Vital statistics of India. Vol. VI, European troops 1870-79
Year: 1870
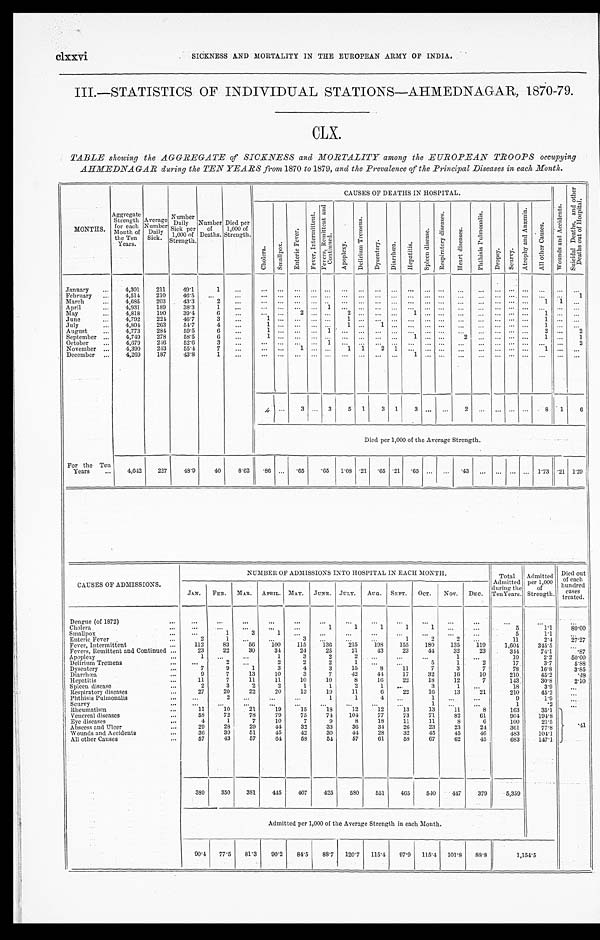
clxxvi
SICKNESS AND MORTALITY IN THE EUROPEAN ARMY OF INDIA.
III.—STATISTICS OF INDIVIDUAL STATIONS—AHMEDNAGAR, 1870-79.
CLX.
TABLE showing the AGGREGATE of SICKNESS and MORTALITY among the EUROPEAN TROOPS occupying
AHMEDNAGAR during the TEN YEARS from 1870 to 1879, and the Prevalence of the Principal Diseases in each Month.
MONTHS.
Aggregate Strength
for each
Month of
the Ten
Years.
Average
Numbe
r Dail
y Sick.
Number Daily
Sick per
1,000 of
Strength.
Number of
Deaths.
Died per
1,000 of
Strength.
CAUSES OF DEATHS IN HOSPITAL.
W o u n d s a n d A c c i d e n t s .
S u i c i d a l D e a t h s , a n d o t h e r D e a t h s o u t o f H o s p i t a l .
C h o l e r a . S m a l l p o x . E n t e r i c F e v e r .
F e v e r , I n t e r m i t t e n t .
F e v e r s , R e m i t t e n t a n d C o n t i n u e d .
A p o p l e x y .
D e l i r i u m T r e m e n s .
D y s e n t e r y . D i a r r h œ a .
H e p a t i t i s .
S p l e e n d i s e a s e . R e s p i r a t o r y d i s e a s e s .
H e a r t d i s e a s e s .
P h t h i s i s P u l m o n a l i s .
D r o p s y .
S c u r v y .
A t r o p h y a n d A n æ m i a .
A l l o t h e r C a u s e s .
January
4,301 211
49.1
1
February
4,514 210 46.5
1
March
4,685 203
43.3
2
1 1
April
4,931 189
38.3
1
1
May
4,818 190 39.4
6
2
2
1
1
June
4,792 224 46.7
3
1
1
1
July
4 , 8 0 4 263 54.7
4
1
1
1
1
August
4,773 284
59.5
6
1
1
2
2
September
4,749 278
58.5
6
1
1
2
1
1
October
4,679 246 52.6
3
1
2
November
4,390 243 55.4
7
1
1 1 2 1
1
December
4,269 187 43.8
1
1
4
3
3 5 1 3 1 3
2
8 1 6
Died per 1,000 of the Average Strength.
For the Ten
Years
4,642 227 48.9 40
8.62 .86
.65 .65 1.08 . 2 1 .65 .21 .65
.43
1.73
. 2 1 1. 29
CAUSES OF ADMISSIONS.
NUMBER OF ADMISSIONS INTO HOSPITAL IN EACH MONTH.
Total
Admitted
during the
Ten Years.
Admitted per 1,000
of
Strength.
Died out o f
e a c h h u n d r e d
c a s s t r e a t e d .
J A N .
FEB. MAR.
APRIL. MAY.
J UNE.
JULY. AUG. SEPT. OCT. NOV.
DEC.
Dengue (of 1872)
Cholera
1
1
1
1
1
5
1.1
80.00
Smallpox
1
3
1
5
1. 1
Enteric Fever
2
1
3
1
2
2
11
2. 4
27.27
Fever, Intermittent
112
83
56 100 115
1 3 6 215 198 155 180 135 119
1,604
345.5
Fevers, Remittent and Continued
23
22
30
34
24
25
21
43
23
44
32
23
344
74.1
.87
Apoplexy
1
1
3
2
2
1
10
2.2
50.00
Del i r i um Tr emens
2
2
2
2
1
5
1
2
17
3.7
5.88
Dysentery
7
9
1
3
4
3
15
8
11
7
3
7
78
16. 8
3.85
Diarrhœa
9
7
13
10
3
7
42
44 17
32
16
10
210
45.2
.48
Hepatitis
11
7
11
11
10
10
8
16
22
18
12
7
143
30.8
2.10
Spleen disease
2
3
2
2
1
1
2
1
3
1
18
3.9
Respiratory diseases
27
20
22
20
13
19
11
6
2 2 16
13
21
210
45.2
Phthisis Pulmonalis
2
1
1
4
1
9
1.9
Scurvy
1
1
.2
Rheumatism
11
10
21
19
15
18
12
12
13
13
11
8
163
35.1
. 4 1
Venereal diseases
58 72
78
79
75
74 104
77
73
71
82
61
904 194.8
Eye diseases
4
1
7
10
7
9
8
18
11
11
8
6
100
21.5
Abscess and Ulcer
29
28
29
44
32
33
36
34
26
23
23
24
361
77.8
Wounds and Accidents
36
39
51
45
42
30
44
28
32
45
45
46
483
104.1
All other Causes
57
43
57
64
58 54
57
61
58 67
62
45
683 147.1
389 350 381 445 407 425 580 551 465 540 447 379
5,359
Admitted per 1,000 of the Average Strength in each Month.
90.4 77.5 81.3 90.2 84.5 88.7 120.7 115.4 97.9 115.4 101.8 88.8
1 , 1 5 4 . 5